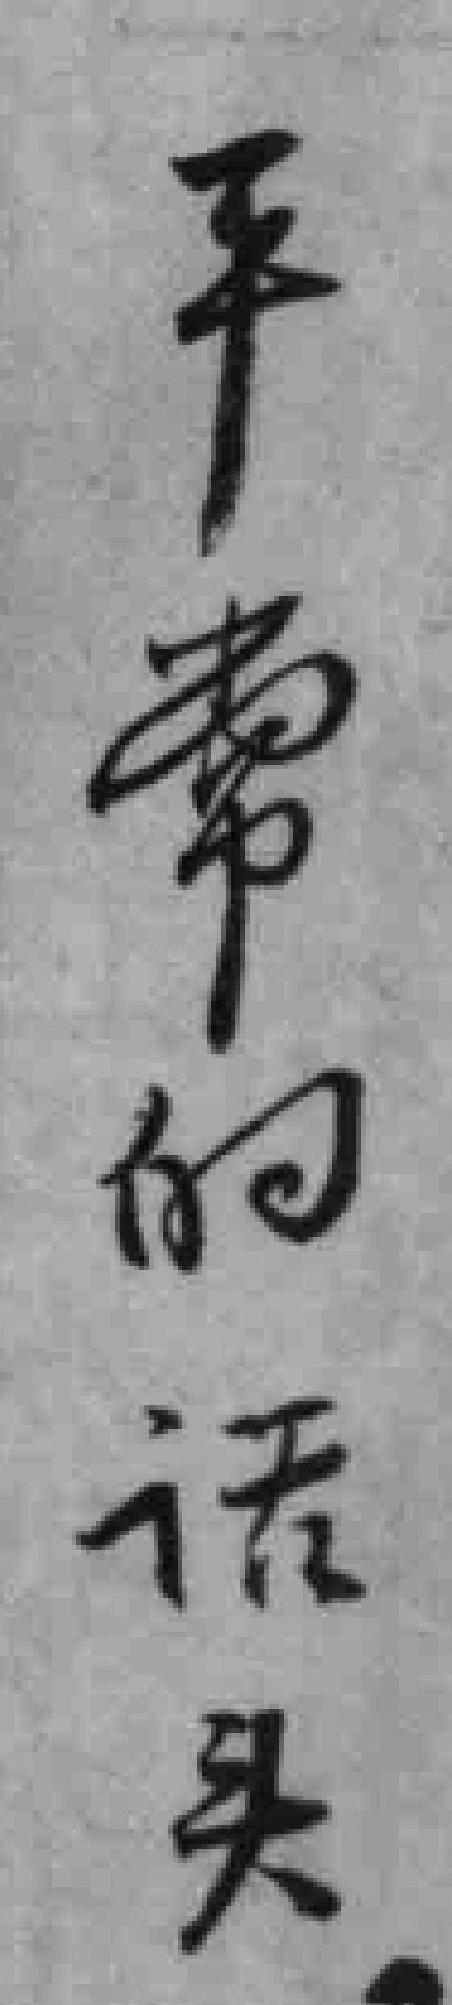
平常的话头